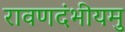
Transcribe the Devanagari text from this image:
रावणदंभीयमु